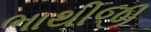
ભાથીજી